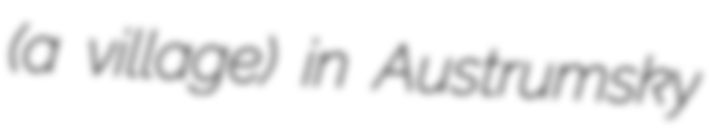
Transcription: (a village) in Austrumsky